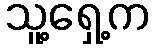
သူ့ရှေ့က